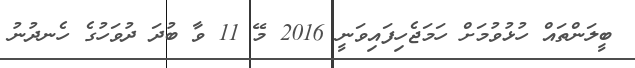
ބީލަންތައް ހުޅުވުމަށް ހަމަޖެހިފައިވަނީ 2016 މޭ 11 ވާ ބުދަ ދުވަހުގެ ހެނދުނު